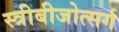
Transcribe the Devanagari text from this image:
स्त्रीबीजोत्सर्ग